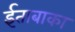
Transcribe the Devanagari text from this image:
ईताबाका